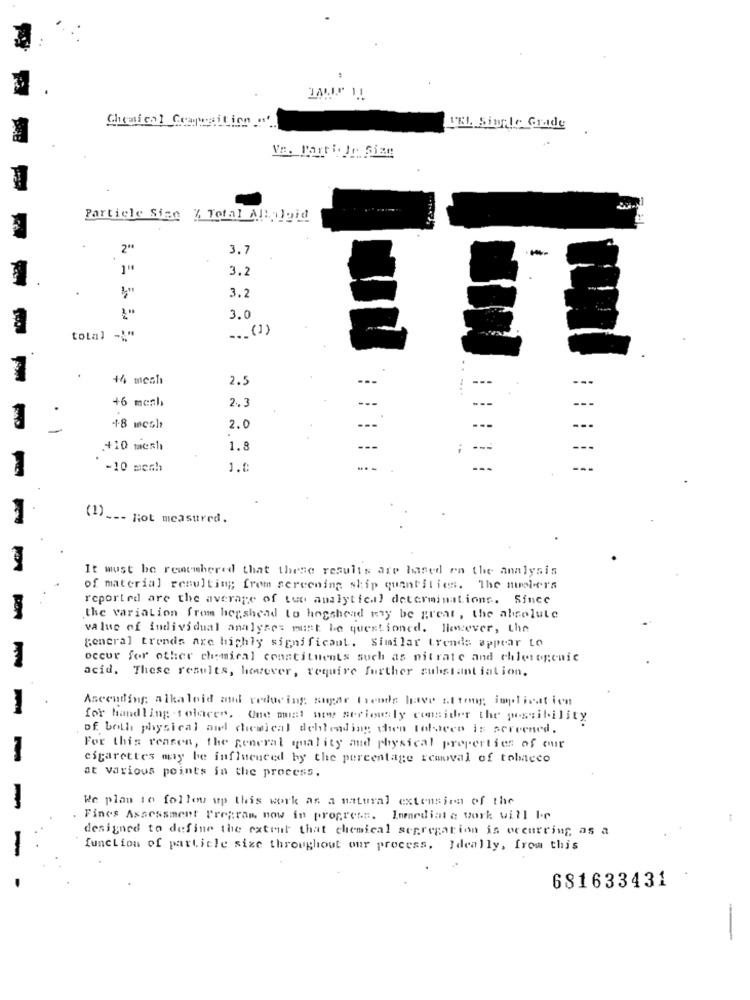
Chemical Crapwaition "'
TEL Single Gride
Particle Sian % Total ABylvid
2"
3.7
1"
3.2
3.2
3.0
... (1)
total -; "
+4 mesh
2 .:
--
+6 mesh
2 .:
+-8 mcsh
2.0
+10 mesh
1.8
-10 mesh
1.0
(1) ___ not measured.
It must be remembered that these results are based on the analysis
of material resulting from screening ship quantities. The nuebers
reported are the average of two analytical determinations. Since
the variation from hershead to hogshead may be great , the absolute
value of individual analyse: must be questioned. llevever, the
general trends are highly significaut. Similar trends appear to
occur for other chemical constituents such as nitrate and chlorogenic
acid. These results, however, require further substantiation.
Ascending alkaloid and reducing sugar trends have ultong implication
-
for handling toloces. One must woww seriously consider the possibility
of both physical and chemical deblending then Toldeco is screened.
For this reason, the general quality and physical properties of our
-
cigarettes may be influenced by the percentage removal of tobacco
at various points in the process.
-
We plan 16 follow up this work as a natural extension of the
. Fines Assessment Program now in progress. Innediate work will be
designed to define the extent that chemical segregation is occurring, as a
function of particle size throughout our process. Ideally, from this
681633431
-